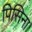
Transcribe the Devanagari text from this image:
पिसिना